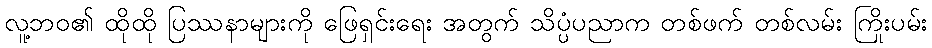
လူ့ဘဝ၏ ထိုထို ပြဿနာများကို ဖြေရှင်းရေး အတွက် သိပ္ပံပညာက တစ်ဖက် တစ်လမ်း ကြိုးပမ်း